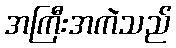
အကြီးအကဲသည်